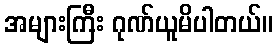
အများကြီး ဂုဏ်ယူမိပါတယ်။